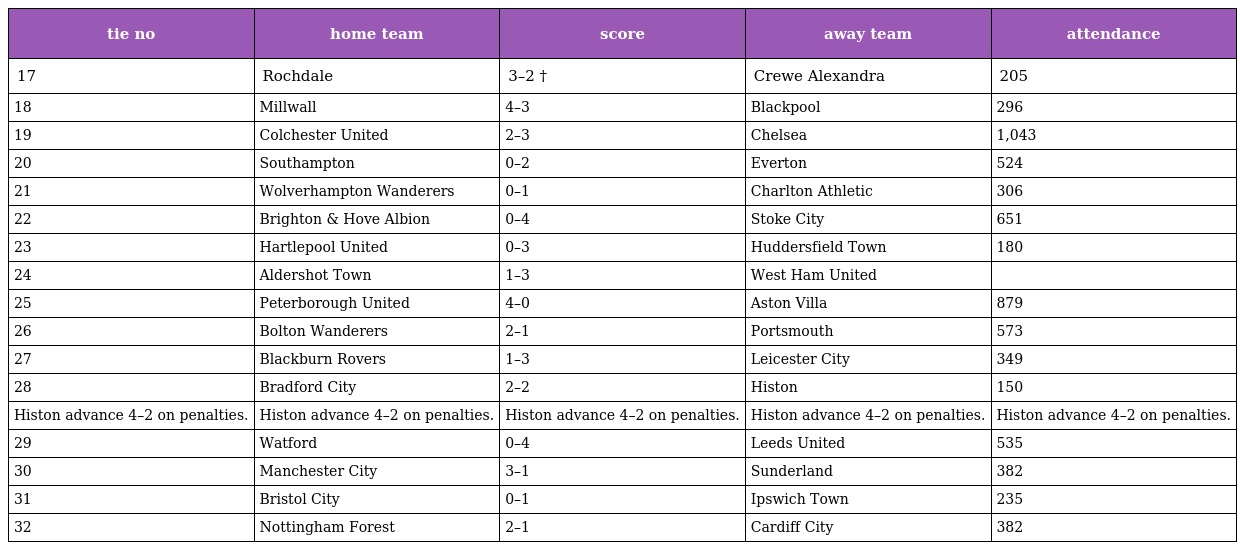
| tie no | home team | score | away team | attendance |
 | --- | --- | --- | --- | --- |
 | 17 | Rochdale | 3–2 † | Crewe Alexandra | 205 |
 | 18 | Millwall | 4–3 | Blackpool | 296 |
 | 19 | Colchester United | 2–3 | Chelsea | 1,043 |
 | 20 | Southampton | 0–2 | Everton | 524 |
 | 21 | Wolverhampton Wanderers | 0–1 | Charlton Athletic | 306 |
 | 22 | Brighton & Hove Albion | 0–4 | Stoke City | 651 |
 | 23 | Hartlepool United | 0–3 | Huddersfield Town | 180 |
 | 24 | Aldershot Town | 1–3 | West Ham United |  |
 | 25 | Peterborough United | 4–0 | Aston Villa | 879 |
 | 26 | Bolton Wanderers | 2–1 | Portsmouth | 573 |
 | 27 | Blackburn Rovers | 1–3 | Leicester City | 349 |
 | 28 | Bradford City | 2–2 | Histon | 150 |
 | Histon advance 4–2 on penalties. | Histon advance 4–2 on penalties. | Histon advance 4–2 on penalties. | Histon advance 4–2 on penalties. | Histon advance 4–2 on penalties. |
 | 29 | Watford | 0–4 | Leeds United | 535 |
 | 30 | Manchester City | 3–1 | Sunderland | 382 |
 | 31 | Bristol City | 0–1 | Ipswich Town | 235 |
 | 32 | Nottingham Forest | 2–1 | Cardiff City | 382 |